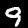
Label: 9